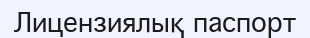
Лицензиялық паспорт